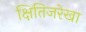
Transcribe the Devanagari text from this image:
क्षितिजरेखा